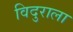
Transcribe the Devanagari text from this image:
विदुराला